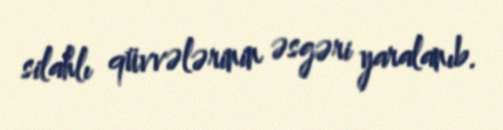
silahlı qüvvələrinin əsgəri yaralanıb.